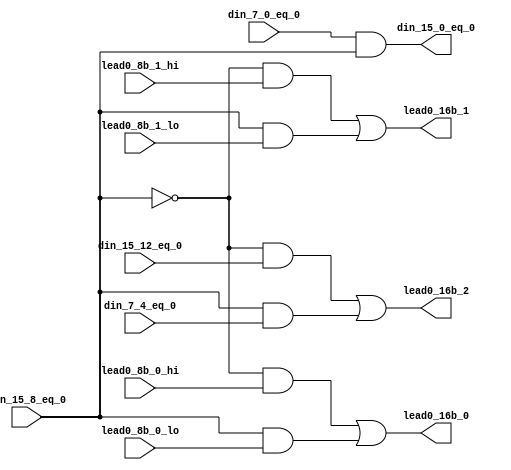
module fpu_cnt_lead0_lvl3 (
	din_15_8_eq_0,
	din_15_12_eq_0,
	lead0_8b_1_hi,
	lead0_8b_0_hi,
	din_7_0_eq_0,
	din_7_4_eq_0,
	lead0_8b_1_lo,
	lead0_8b_0_lo,

	din_15_0_eq_0,
	lead0_16b_2,
	lead0_16b_1,
	lead0_16b_0
);


input		din_15_8_eq_0;		// data in[15:8] is zero
input		din_15_12_eq_0;		// data in[15:12] is zero
input		lead0_8b_1_hi;		// bit[1] of lead 0 count- din[15:8]
input		lead0_8b_0_hi;		// bit[0] of lead 0 count- din[15:8]
input		din_7_0_eq_0;		// data in[7:0] is zero
input		din_7_4_eq_0;		// data in[7:4] is zero
input		lead0_8b_1_lo;		// bit[1] of lead 0 count- din[7:0]
input		lead0_8b_0_lo;		// bit[0] of lead 0 count- din[7:0]

output		din_15_0_eq_0;		// data in[15:0] is zero
output		lead0_16b_2;		// bit[2] of lead 0 count
output		lead0_16b_1;		// bit[1] of lead 0 count
output		lead0_16b_0;		// bit[0] of lead 0 count


wire		din_15_0_eq_0;
wire		lead0_16b_2;
wire		lead0_16b_1;
wire		lead0_16b_0;


assign din_15_0_eq_0= din_7_0_eq_0 && din_15_8_eq_0;

assign lead0_16b_2= ((!din_15_8_eq_0) && din_15_12_eq_0)
		|| (din_15_8_eq_0 && din_7_4_eq_0);

assign lead0_16b_1= ((!din_15_8_eq_0) && lead0_8b_1_hi)
		|| (din_15_8_eq_0 && lead0_8b_1_lo);

assign lead0_16b_0= ((!din_15_8_eq_0) && lead0_8b_0_hi)
		|| (din_15_8_eq_0 && lead0_8b_0_lo);


endmodule